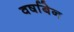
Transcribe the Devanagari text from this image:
वर्षाबेन